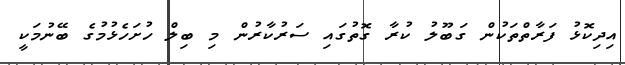
އިދިކޮޅު ފަރާތްތަކުން ގަބޫލު ކުރާ ގޮތުގައި ސަރުކާރުން މި ބިލް ހުށަހެޅުމުގެ ބޭނުމަކީ